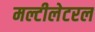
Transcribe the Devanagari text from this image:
मल्टीलेटरल